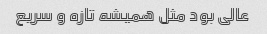
عالی بود مثل همیشه تازه و سریع